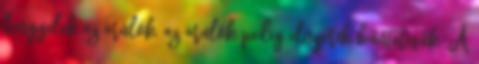
lengyelek az árulók, az árulók pedig elnyerik büntetésük. A